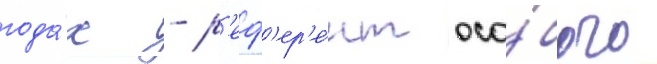
года́х - р'еф'ер'е́нт осо́бого